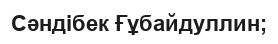
Сәндібек Ғұбайдуллин;